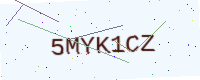
Text: 5MYK1CZ